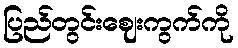
ပြည်တွင်းဈေးကွက်ကို